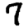
Digit: 7